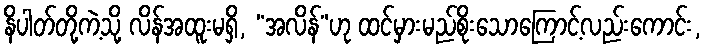
နိပါတ်တို့ကဲ့သို့ လိန်အထူးမရှိ, “အလိန်”ဟု ထင်မှားမည်စိုးသောကြောင့်လည်းကောင်း,